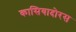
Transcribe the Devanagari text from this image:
कासियादोरस